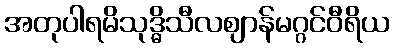
အတုပါရမိသုဒ္ဓိသီလဈာန်မဂ္ဂင်ဝီရိယ